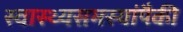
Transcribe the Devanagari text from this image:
स्वास्थ्यसमस्यांपैकी